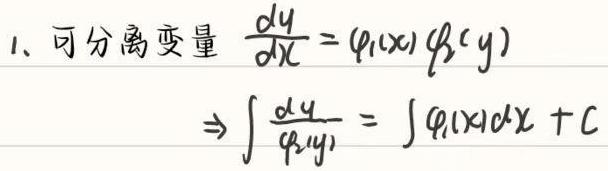
1. 可分离变量 $\frac{dy}{dx} = \varphi_1(x)\varphi_2(y)$
   $\Rightarrow \int \frac{dy}{\varphi_2(y)} = \int \varphi_1(x)dx + C$